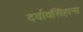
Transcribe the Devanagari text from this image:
दर्यावसिंहाना